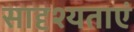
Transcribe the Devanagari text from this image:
सादृश्यताएं